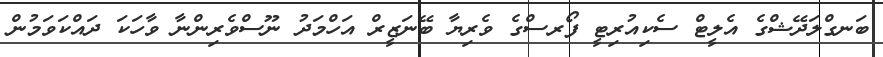
ބަނގްލަދޭޝްގެ އެލީޓް ސެކިއުރިޓީ ފޯރސްގެ ވެރިޔާ ބޭނަޒީރް އަހްމަދު ނޫސްވެރިންނާ ވާހަކަ ދައްކަވަމުން